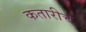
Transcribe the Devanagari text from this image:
कतारीचे